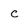
Character: C